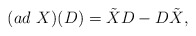
\begin{align*}(ad~X)(D) = \tilde{X}D - D\tilde{X},\end{align*}